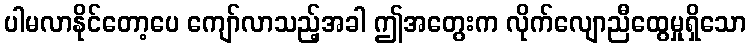
ပါမလာနိုင်တော့ပေ ကျော်လာသည့်အခါ ဤအတွေးက လိုက်လျောညီထွေမှုရှိသော